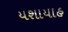
યશાયાહ